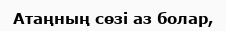
Атаңның сөзі аз болар,